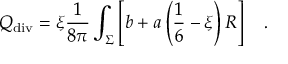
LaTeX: { Q } _ { \tiny \mathrm { d i v } } = \xi { \frac { 1 } { 8 \pi } } \int _ { \Sigma } \left[ b + a \left( \frac 1 6 - \xi \right) R \right] ~ ~ ~ .